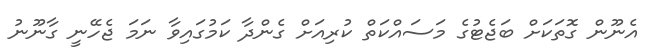
އެނޫން ގޮތަކަށް ބަޖެޓުގެ މަސައްކަތް ކުރިއަށް ގެންދާ ކަމުގައިވާ ނަމަ ޖެހޭނީ ގާނޫނު